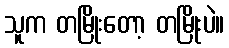
သူက တမြိုးတော့ တမြိုးပဲ။